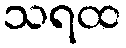
သရထ